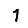
Digit: 1